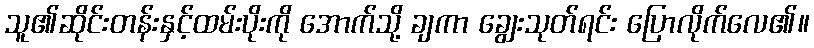
သူ၏ဆိုင်းတန်းနှင့်ထမ်းပိုးကို အောက်သို့ ချကာ ချွေးသုတ်ရင်း ပြောလိုက်လေ၏။